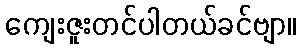
ကျေးဇူးတင်ပါတယ်ခင်ဗျာ။